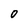
Character: o